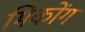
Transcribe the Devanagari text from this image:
मिकोंग